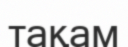
тақам